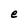
Character: e